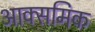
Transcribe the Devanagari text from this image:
आक्समिक